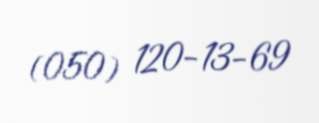
(050) 120-13-69